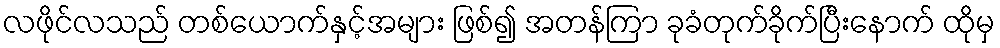
လဖိုင်လသည် တစ်ယောက်နှင့်အများ ဖြစ်၍ အတန်ကြာ ခုခံတုက်ခိုက်ပြီးနောက် ထိုမှ